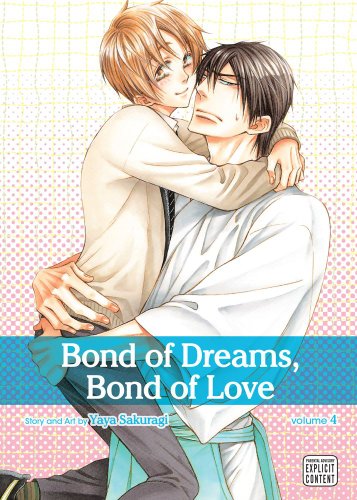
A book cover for Bond of Dreams, Bond of Love, Vol. 4; Yaya Sakuragi; Comics & Graphic Novels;